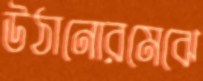
উঠানোরমেঝে